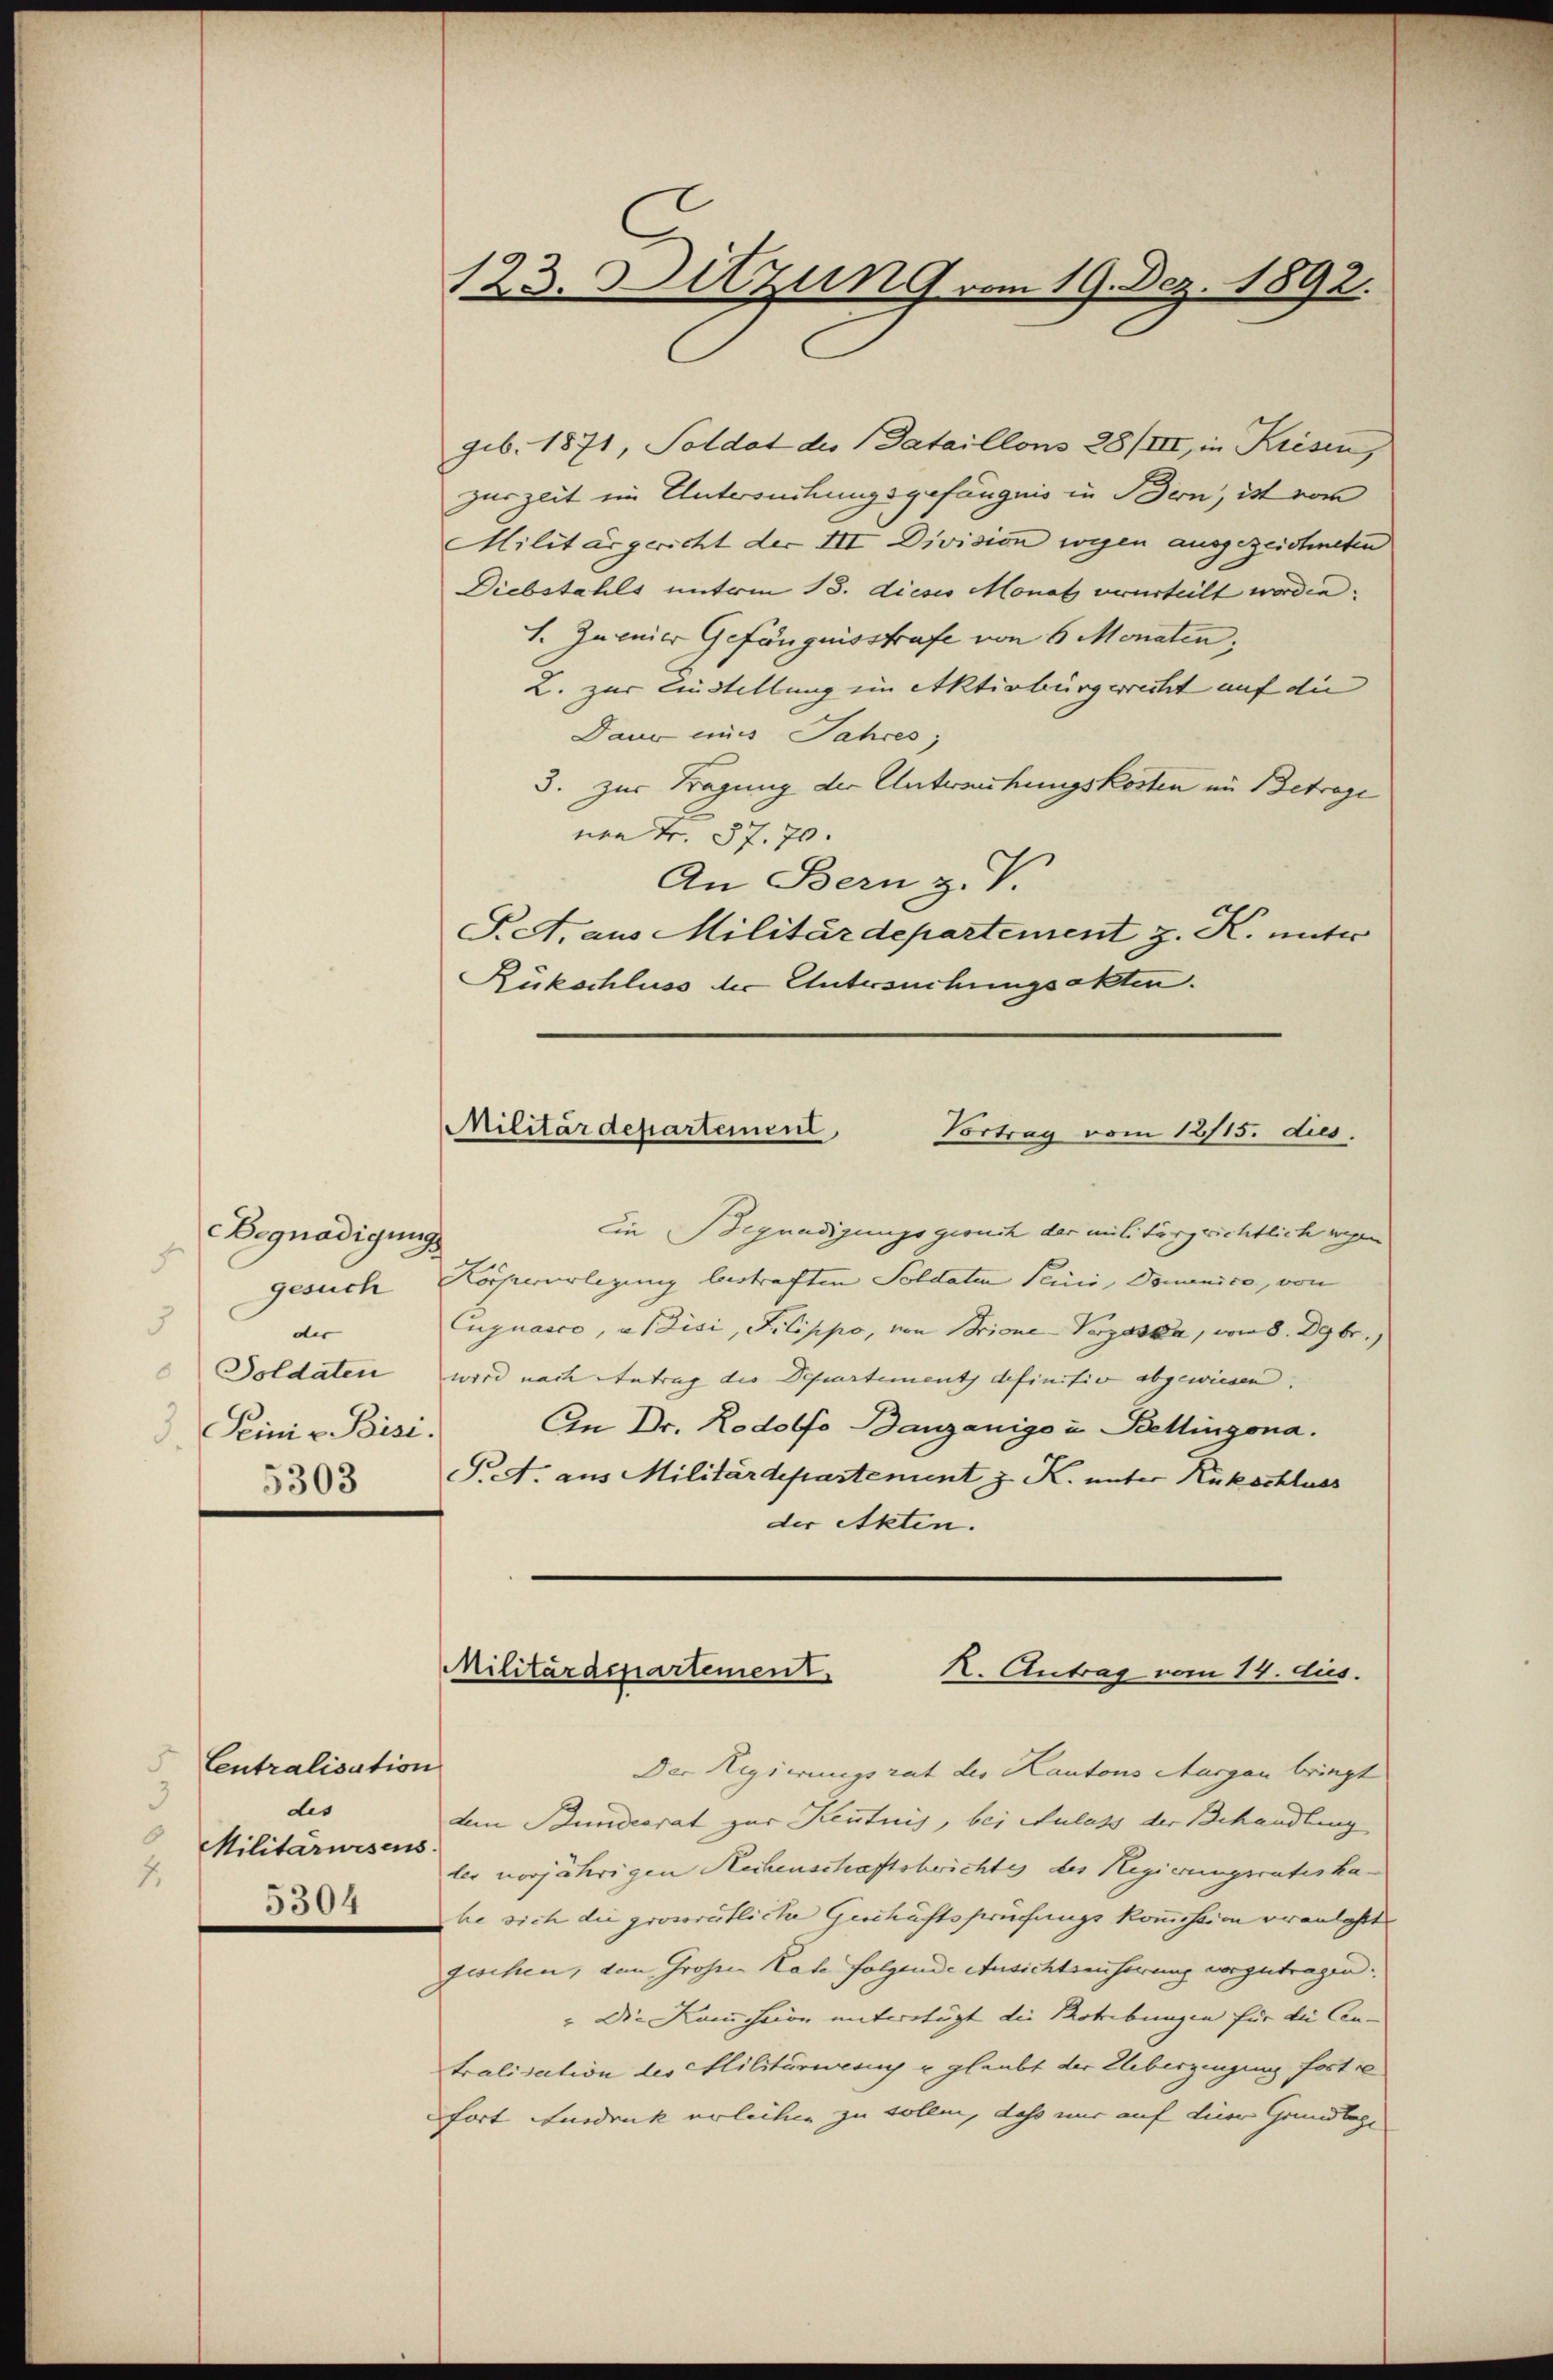
Begnadigung
7
gesuch
der
Soldaten
 Peini v. Bisi
5303

Centralisation
3
des
Militarwesens
2.

5304

123. Ditzung vom 19. Dez. 1892.

Militärdepartement
Vortrag vom 12/15. dies

geb. 1871, Soldat des Dataillon 28/III, in Kiesen,
zur Zeit im Untersuchungsgefängnis in Bern, ist vom
Militärgericht der III Division wegen ausgezeichneten
Diebstahls unterm 18. dieses Monat verurteilt worden.
1. Zurnier Gefängnisstrafe von 6 Monaten,
2. zur Einstellung ein Aktivbürgerrecht auf die
Daur ein Jahres;
3. zur Tragung der Unterrechungskosten im Betrage
nen Fr. 37. 70.
An Bern z. V
S. Araus Militärdepartement z. K. unter
Rükschluss der Untersuchungsakten.
Ein Begnadigungsgesuch der militärgerichtlich wegen
Kochwerlegung bestraften Soldaten Perić, Domenico, von
uguasco, a Pisi, Pilippo, von Brione-Verzeska, wie d. Dezbr.
wird nach Antrag die Departement definitio abgewiesen.
An Dr. Rodolfo Banzanige u. Bellingona.
P.A. aus Militärdepartement z. K. unter Rückschluss
der Akten.
Militärdepartement. K. Antrag vom 14. dus.
Der Regierungsrat des Kantons Aargau bringt
dem Bundesrat zur Kentnis, bei Aulass der Behandlung
ler vorjährigen Rechenschaftsberichtes des Regierungsrateshahe sich die grossrätliche Geschäftsprüfungs kommission eranlaßt
geschen, dem Großen Rate folgende Ansichtseiterung vorzutragen.
" Die Kamchon unterfügt die Rotribungen für die An-
tralisation des Militärwesen u glaubt der Ueberzeugung fort se
fort Ausdruck erlichen zu sollen, daß nur auf dieer Grundlage